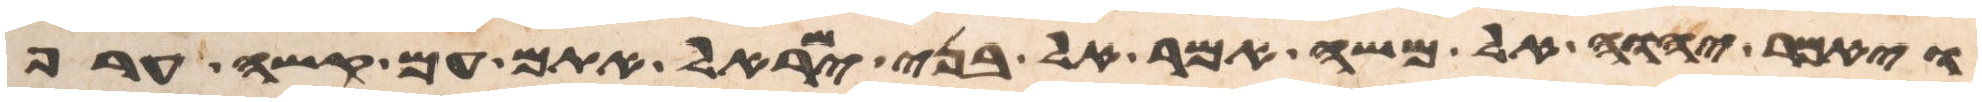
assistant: ויאמר יהוה אל משה אמר אל בני ישראל אתם עם קשה ערף